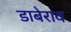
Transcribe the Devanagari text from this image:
डाबेराव